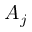
A _ { j }